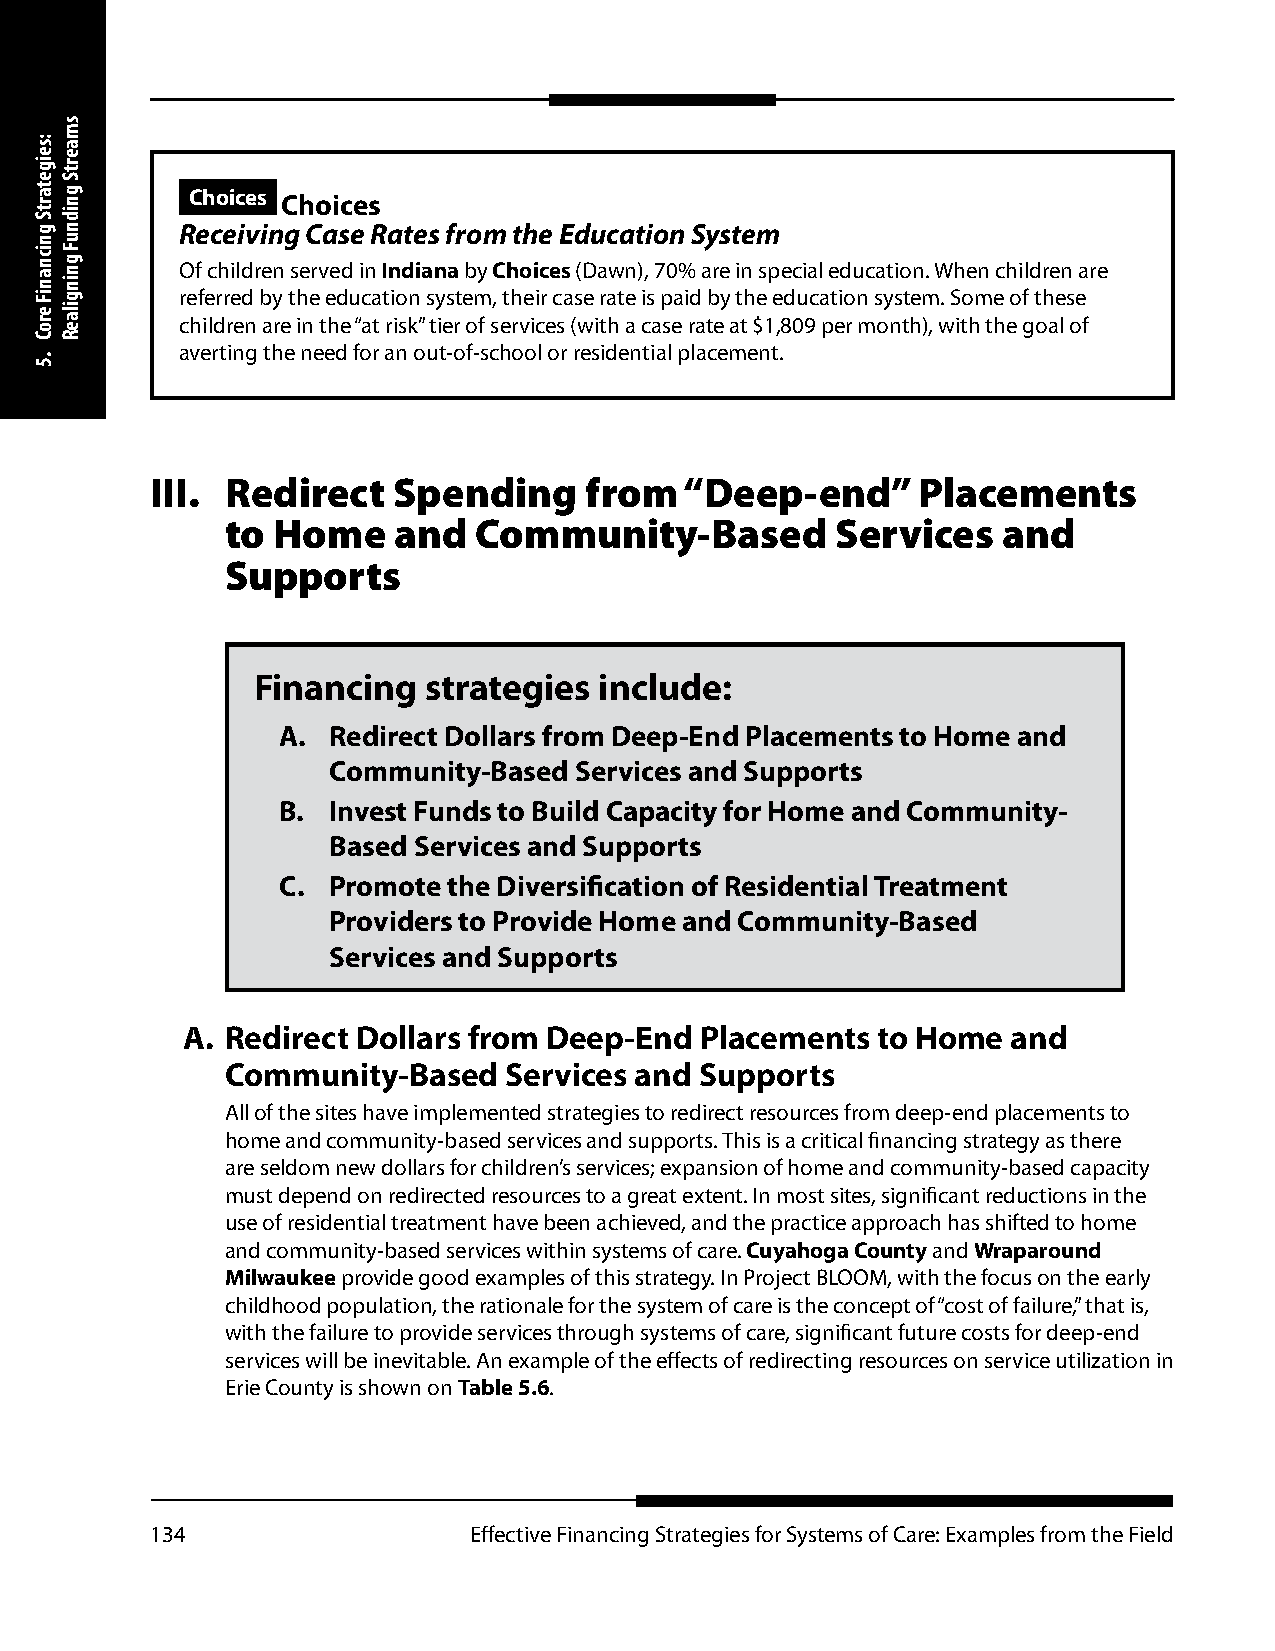
Choices Choices
 Receiving Case Rates from the Education System
 Of children served in Indiana by Choices (Dawn), 70% are in special education. When children are
 referred by the education system, their case rate is paid by the education system. Some of these
 children are in the “at risk” tier of services (with a case rate at $1,809 per month), with the goal of
 averting the need for an out-of-school or residential placement.
 III. Redirect   Spending     from  “Deep-end”      Placements
 to Home    and  Community-Based         Services   and
 Supports
 Financing  strategies  include:
 A.  Redirect Dollars from Deep-End Placements to Home and
 Community-Based Services and Supports
 B.  Invest Funds to Build Capacity for Home and Community-
 Based Services and Supports
 C.  Promote the Diversification of Residential Treatment
 Providers to Provide Home and Community-Based
 Services and Supports
 A. Redirect Dollars from Deep-End Placements  to Home  and
 Community-Based   Services and Supports
 All of the sites have implemented strategies to redirect resources from deep-end placements to
 home and community-based services and supports. This is a critical financing strategy as there
 are seldom new dollars for children’s services; expansion of home and community-based capacity
 must depend on redirected resources to a great extent. In most sites, significant reductions in the
 use of residential treatment have been achieved, and the practice approach has shifted to home
 and community-based services within systems of care. Cuyahoga County and Wraparound
 Milwaukee provide good examples of this strategy. In Project BLOOM, with the focus on the early
 childhood population, the rationale for the system of care is the concept of “cost of failure,” that is,
 with the failure to provide services through systems of care, significant future costs for deep-end
 services will be inevitable. An example of the effects of redirecting resources on service utilization in
 Erie County is shown on Table 5.6.
 134                  Effective Financing Strategies for Systems of Care: Examples from the Field
 :seigetartS
 gnicnaniF
 eroC
 .5
 smaertS
 gnidnuF
 gningilaeR